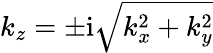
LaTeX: k_{z}=\pm\mathrm{i}\sqrt{k_{x}^{2}+k_{y}^{2}}